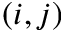
( i , j )